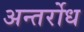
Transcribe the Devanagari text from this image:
अन्तर्रोध